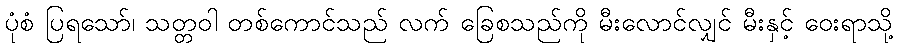
ပုံစံ ပြရသော်၊ သတ္တဝါ တစ်ကောင်သည် လက် ခြေစသည်ကို မီးလောင်လျှင် မီးနှင့် ဝေးရာသို့